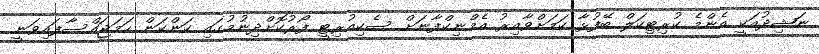
ނަޝިދުއަކީ އެންމެ ކުރިޓިކަލް ބޭފުޅާ ކަމަށްވާއިރު އެމްނިކްފާނަށް ސެކިއުރިޓީ ފޯރުކޮށްދިނުމުގައި ކަންކަން ހަމަޖައްސާފައިވަނީ